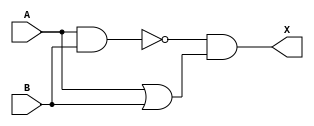
module xor_gate(
    input A,
    input B,
    output X
);

assign X = ~(A & B) & (A | B);

endmodule